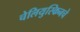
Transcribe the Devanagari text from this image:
चेलियुस्किनचे